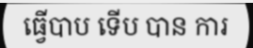
ធ្វើបាប ទើប បាន ការ